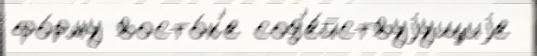
фо́рму восто́к'е сод'е́йствуjущиjе